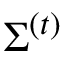
\boldsymbol { \Sigma } ^ { ( t ) }